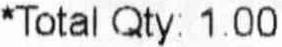
*TOTAL QTY: 1.00